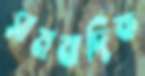
সামবাদিক